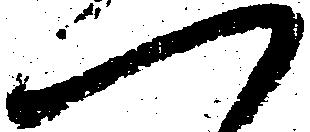
一